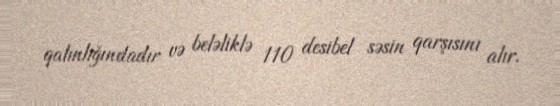
qalınlığındadır və beləliklə 110 desibel səsin qarşısını alır.